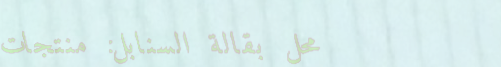
محل بقالة السنابل: منتجات